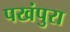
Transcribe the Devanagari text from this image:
पखंपुरा